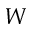
W